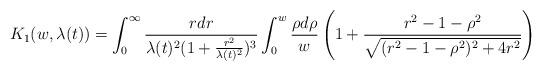
LaTeX: \begin{align*} K_{1}(w,\lambda(t))=\int_{0}^{\infty} \frac{r dr}{\lambda(t)^{2}(1+\frac{r^{2}}{\lambda(t)^{2}})^{3}} \int_{0}^{w} \frac{\rho d\rho}{w} \left(1+\frac{r^{2}-1-\rho^{2}}{\sqrt{(r^{2}-1-\rho^{2})^{2}+4r^{2}}}\right)\end{align*}